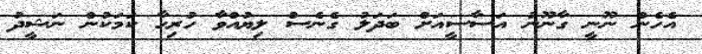
އެހެން ނޫނީ ގާނޫނު އަސާސީއަށް ބަދަލު ގެނެސް ލިޔުއްވާ ހުރިހާ ކަމަކުން ނަޝީދު